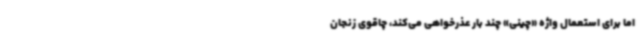
اما برای استعمال واژه «چینی» چند بار عذرخواهی می‌کند، چاقوی زنجان